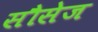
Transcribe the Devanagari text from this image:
सौसेज